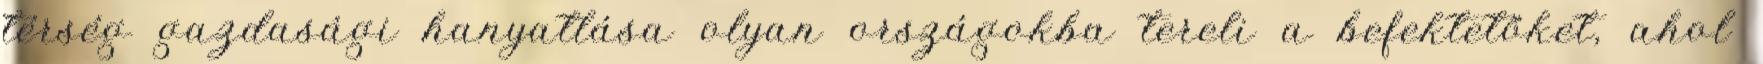
térség gazdasági hanyatlása olyan országokba tereli a befektetőket, ahol